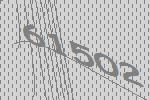
61502